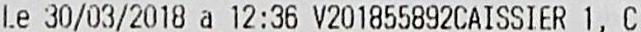
LE 30/03/2018 A 12:36 V201855892CAISSIER 1, C